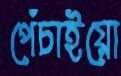
পেঁচাইয়ো